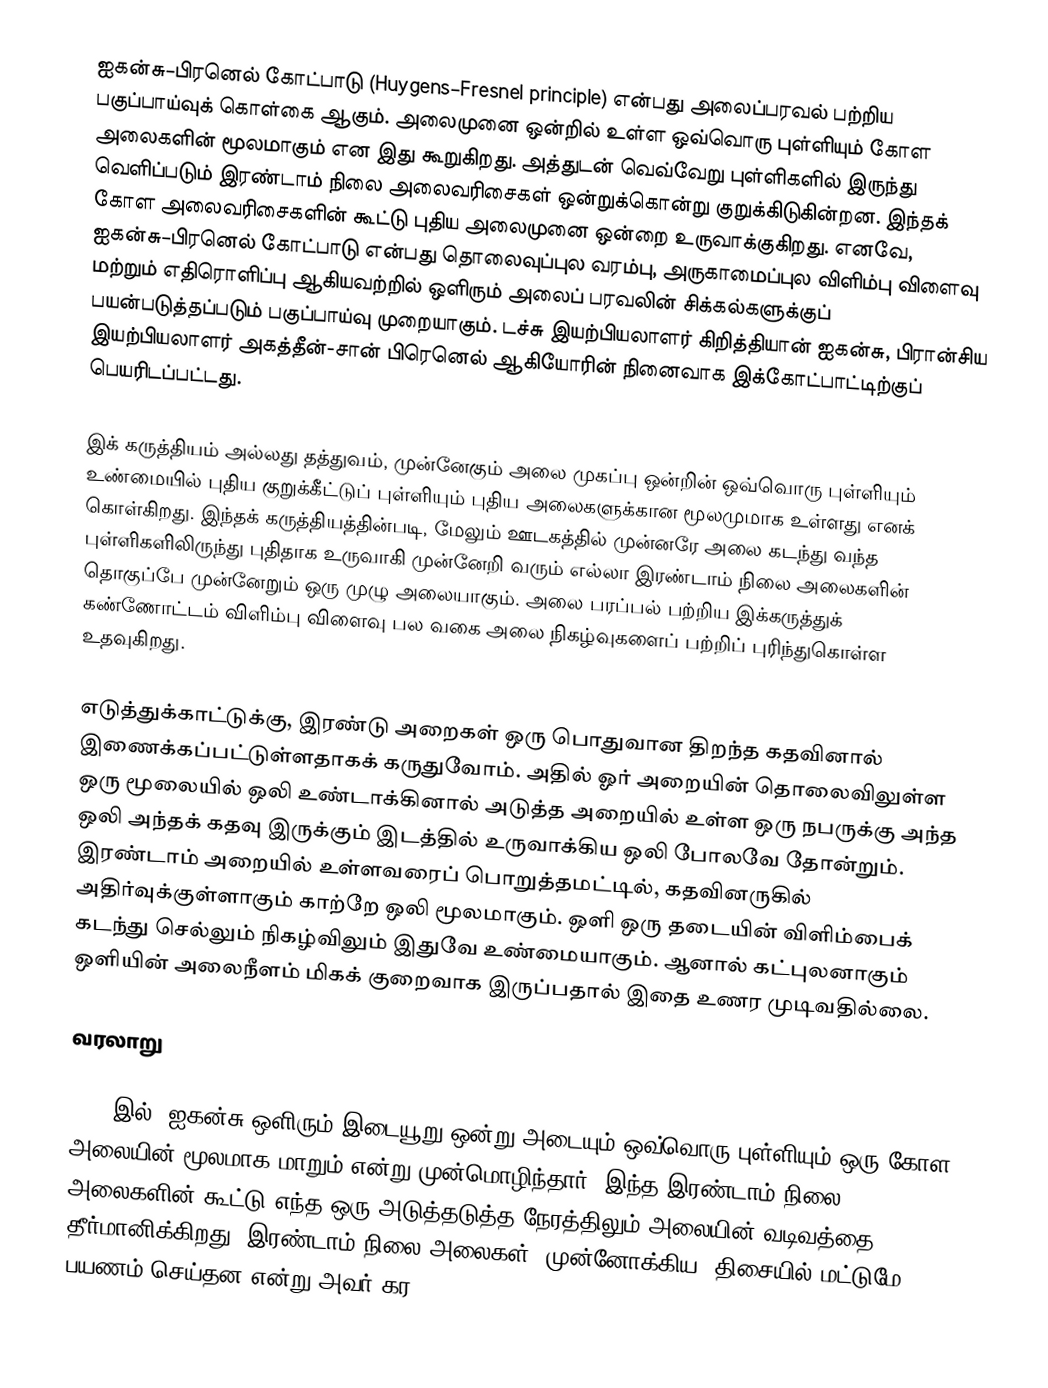
ஐகன்சு–பிரனெல் கோட்பாடு (Huygens–Fresnel principle) என்பது அலைப்பரவல் பற்றிய பகுப்பாய்வுக் கொள்கை ஆகும். அலைமுனை ஒன்றில் உள்ள ஒவ்வொரு புள்ளியும் கோள அலைகளின் மூலமாகும் என இது கூறுகிறது. அத்துடன் வெவ்வேறு புள்ளிகளில் இருந்து வெளிப்படும் இரண்டாம் நிலை அலைவரிசைகள் ஒன்றுக்கொன்று குறுக்கிடுகின்றன. இந்தக் கோள அலைவரிசைகளின் கூட்டு புதிய அலைமுனை ஒன்றை உருவாக்குகிறது. எனவே, ஐகன்சு–பிரனெல் கோட்பாடு என்பது தொலைவுப்புல வரம்பு, அருகாமைப்புல விளிம்பு விளைவு மற்றும் எதிரொளிப்பு ஆகியவற்றில் ஒளிரும் அலைப் பரவலின் சிக்கல்களுக்குப் பயன்படுத்தப்படும் பகுப்பாய்வு முறையாகும். டச்சு இயற்பியலாளர் கிறித்தியான் ஐகன்சு, பிரான்சிய இயற்பியலாளர் அகத்தீன்-சான் பிரெனெல் ஆகியோரின் நினைவாக இக்கோட்பாட்டிற்குப் பெயரிடப்பட்டது.

இக் கருத்தியம் அல்லது தத்துவம், முன்னேகும் அலை முகப்பு ஒன்றின் ஒவ்வொரு புள்ளியும் உண்மையில் புதிய குறுக்கீட்டுப் புள்ளியும் புதிய அலைகளுக்கான மூலமுமாக உள்ளது எனக் கொள்கிறது. இந்தக் கருத்தியத்தின்படி, மேலும் ஊடகத்தில் முன்னரே அலை கடந்து வந்த புள்ளிகளிலிருந்து புதிதாக உருவாகி முன்னேறி வரும் எல்லா இரண்டாம் நிலை அலைகளின் தொகுப்பே முன்னேறும் ஒரு முழு அலையாகும். அலை பரப்பல் பற்றிய இக்கருத்துக் கண்ணோட்டம் விளிம்பு விளைவு பல வகை அலை நிகழ்வுகளைப் பற்றிப் புரிந்துகொள்ள உதவுகிறது.

எடுத்துக்காட்டுக்கு, இரண்டு அறைகள் ஒரு பொதுவான திறந்த கதவினால் இணைக்கப்பட்டுள்ளதாகக் கருதுவோம். அதில் ஓர் அறையின் தொலைவிலுள்ள ஒரு மூலையில் ஒலி உண்டாக்கினால் அடுத்த அறையில் உள்ள ஒரு நபருக்கு அந்த ஒலி அந்தக் கதவு இருக்கும் இடத்தில் உருவாக்கிய ஒலி போலவே தோன்றும். இரண்டாம் அறையில் உள்ளவரைப் பொறுத்தமட்டில், கதவினருகில் அதிர்வுக்குள்ளாகும் காற்றே ஒலி மூலமாகும். ஒளி ஒரு தடையின் விளிம்பைக் கடந்து செல்லும் நிகழ்விலும் இதுவே உண்மையாகும். ஆனால் கட்புலனாகும் ஒளியின் அலைநீளம் மிகக் குறைவாக இருப்பதால் இதை உணர முடிவதில்லை.

வரலாறு

1678 இல், ஐகன்சு ஒளிரும் இடையூறு ஒன்று அடையும் ஒவ்வொரு புள்ளியும் ஒரு கோள அலையின் மூலமாக மாறும் என்று முன்மொழிந்தார்; இந்த இரண்டாம் நிலை அலைகளின் கூட்டு எந்த ஒரு அடுத்தடுத்த நேரத்திலும் அலையின் வடிவத்தை தீர்மானிக்கிறது. இரண்டாம் நிலை அலைகள் "முன்னோக்கிய" திசையில் மட்டுமே பயணம் செய்தன என்று அவர் கர